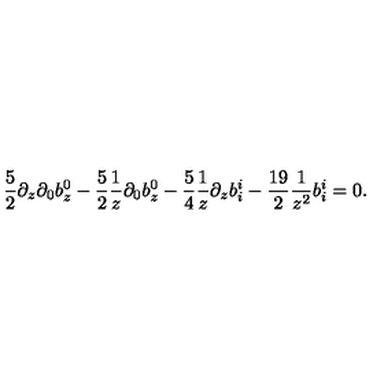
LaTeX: { \frac { 5 } { 2 } } \partial _ { z } \partial _ { 0 } b _ { z } ^ { 0 } - { \frac { 5 } { 2 } } { \frac { 1 } { z } } \partial _ { 0 } b _ { z } ^ { 0 } - { \frac { 5 } { 4 } } { \frac { 1 } { z } } \partial _ { z } b _ { i } ^ { i } - { \frac { 1 9 } { 2 } } { \frac { 1 } { z ^ { 2 } } } b _ { i } ^ { i } = 0 .